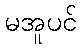
မအူပင်